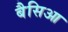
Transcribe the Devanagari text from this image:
बैसिआ